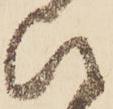
ひ